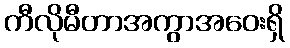
ကီလိုမီတာအကွာအဝေးရှိ